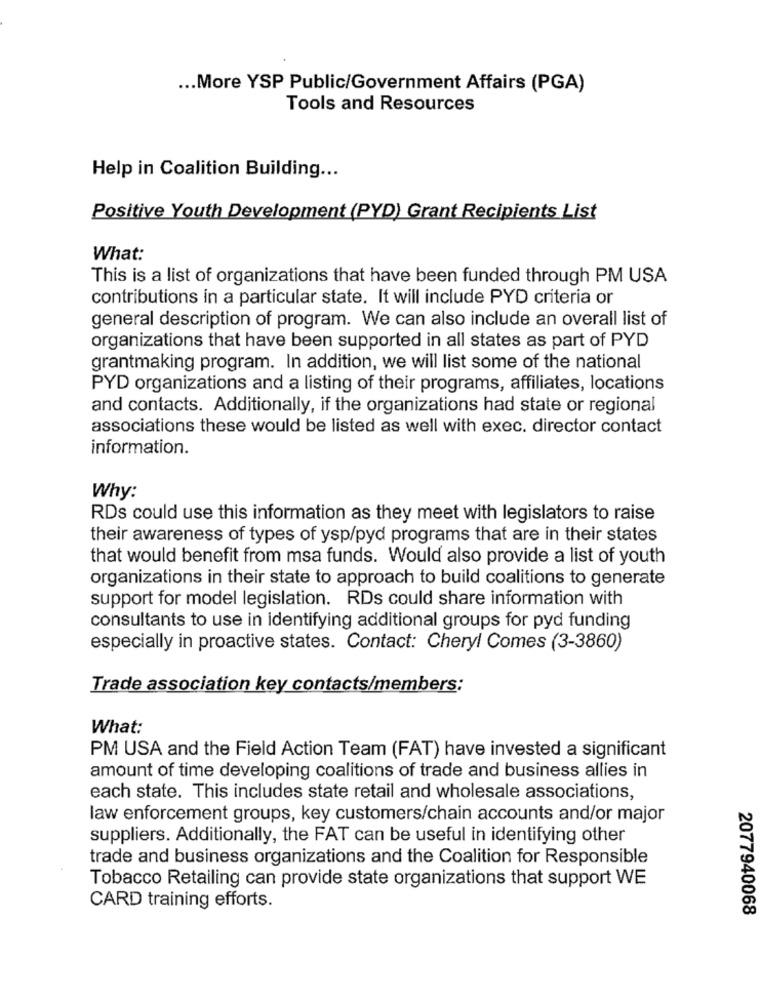
... More YSP Public/Government Affairs (PGA)
Tools and Resources
Help in Coalition Building ...
Positive Youth Development (PYD) Grant Recipients List
What:
This is a list of organizations that have been funded through PM USA
contributions in a particular state. It will include PYD criteria or
general description of program. We can also include an overall list of
organizations that have been supported in all states as part of PYD
grantmaking program. In addition, we will list some of the national
PYD organizations and a listing of their programs, affiliates, locations
and contacts. Additionally, if the organizations had state or regional
associations these would be listed as well with exec. director contact
information.
Why:
RDs could use this information as they meet with legislators to raise
their awareness of types of ysp/pyd programs that are in their states
that would benefit from msa funds. Would also provide a list of youth
organizations in their state to approach to build coalitions to generate
support for model legislation. RDs could share information with
consultants to use in identifying additional groups for pyd funding
especially in proactive states. Contact: Cheryl Comes (3-3860)
Trade association key contacts/members:
What:
PM USA and the Field Action Team (FAT) have invested a significant
amount of time developing coalitions of trade and business allies in
each state. This includes state retail and wholesale associations,
law enforcement groups, key customers/chain accounts and/or major
suppliers. Additionally, the FAT can be useful in identifying other
trade and business organizations and the Coalition for Responsible
Tobacco Retailing can provide state organizations that support WE
CARD training efforts.
2077940068